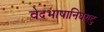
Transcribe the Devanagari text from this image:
वेदभाषानिघण्टु